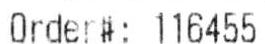
ORDER#: 116455